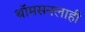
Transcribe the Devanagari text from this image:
थॉमसनलाही